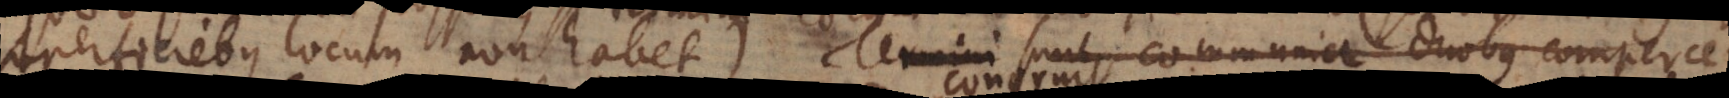
superficiebus locum non habet). Termini sunt communia duobus comperce